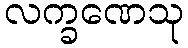
လက္ခဏေသု